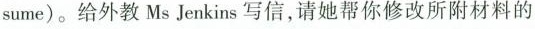
sume)。给外教MsJenkins写信，请她帮你修改所附材料的